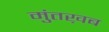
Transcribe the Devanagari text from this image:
मुंतख़ब